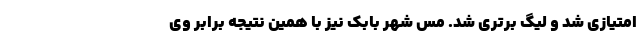
امتیازی شد و لیگ برتری شد. مس شهر بابک نیز با همین نتیجه برابر وی